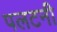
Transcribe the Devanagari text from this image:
पलटनी